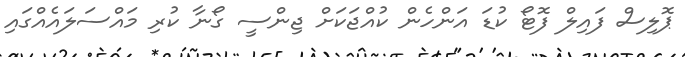
ޕޮލިސް ފައިލް ފޮޓޯ ކުޑަ އަންހެން ކުއްޖަކަށް ޖިންސީ ގޯނާ ކުރި މައްސަލައެއްގައި